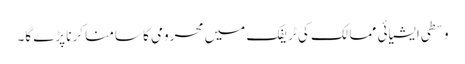
وسطی ایشیائی ممالک کی ٹریفک میں محرومی کا سامنا کرنا پڑے گا۔